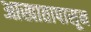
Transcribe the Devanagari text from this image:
आखातापासून